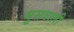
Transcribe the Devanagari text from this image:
मुसवाली